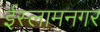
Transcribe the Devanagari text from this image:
ईस्लामनगर